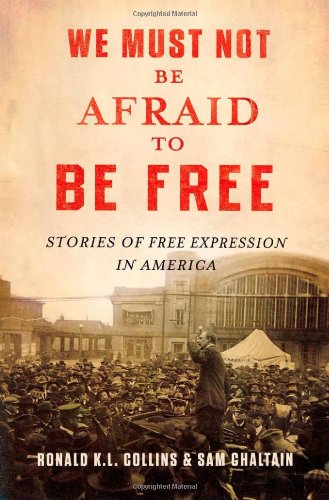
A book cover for We Must Not Be Afraid to Be Free: Stories of Free Expression in America; Ronald K.L. Collins; Law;